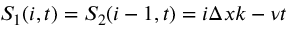
S _ { 1 } ( i , t ) = S _ { 2 } ( i - 1 , t ) = i \Delta x k - \nu t